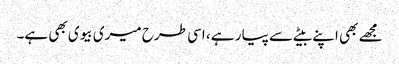
مجھے بھی اپنے بیٹے سے پیار ہے ، اسی طرح میری بیوی بھی ہے۔